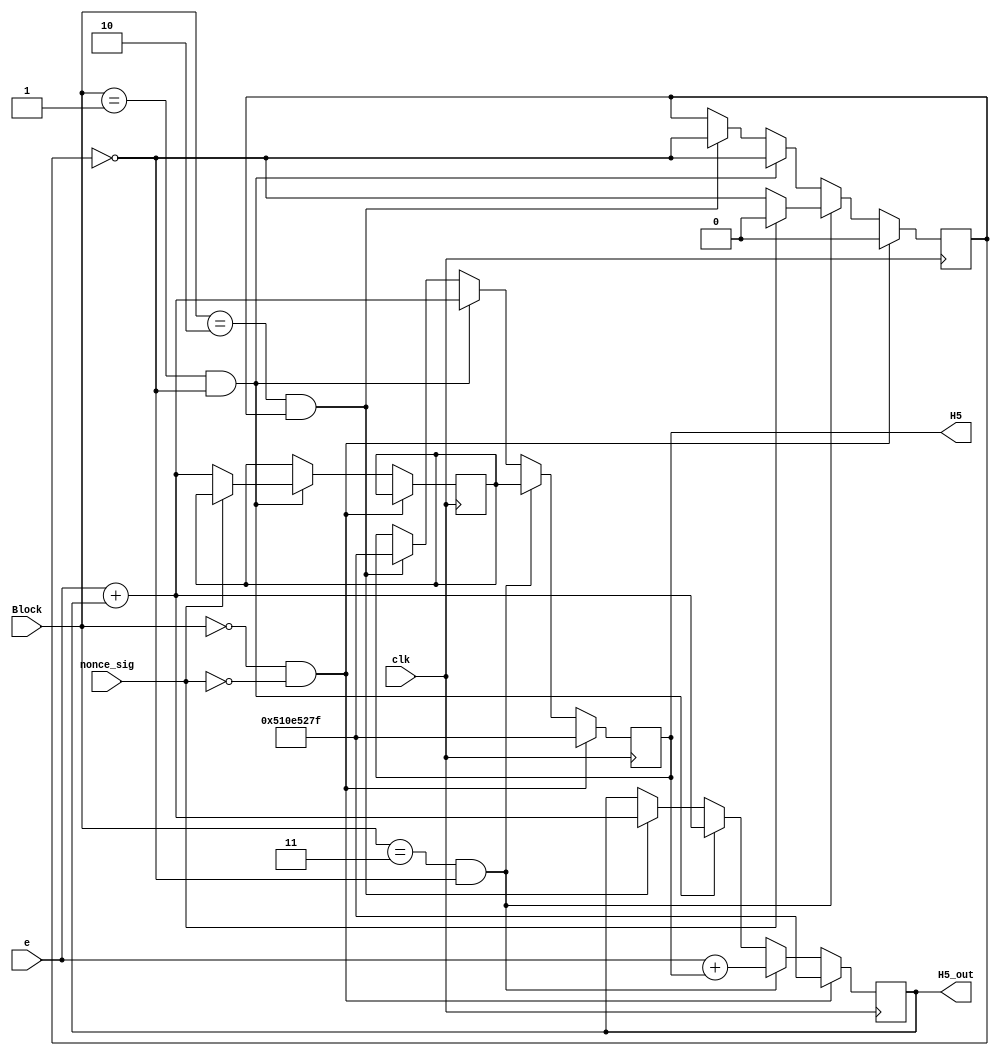
`timescale 1ns / 1ps
//////////////////////////////////////////////////////////////////////////////////
// Company: 
// Engineer: 
// 
// Design Name: 
// Module Name:    H5 
// Project Name: 
// Target Devices: 
// Tool versions: 
// Description: 
//
// Dependencies: 
//
// Revision: 
// Revision 0.01 - File Created
// Additional Comments: 
//
//////////////////////////////////////////////////////////////////////////////////
module H5(input [1:0] Block, input clk, nonce_sig, input [31:0] e, output reg [31:0] H5_out, H5 );

reg [31:0] inter;
reg source; 
initial
begin
H5_out = 32'h510e527f;
H5 = 32'h510e527f;
end

always @ (posedge clk)
begin
	
	if (Block == 0  && nonce_sig ==0)			
	begin
			H5_out <=32'h510e527f;
			H5 <=32'h510e527f;
			source <=0;
		end
	else
		begin
		if(Block ==1 && source == 0)
		begin
			H5_out <=e + H5_out;
			H5 <=e + H5_out;
			if(nonce_sig ==0)
			inter <= e+ H5_out;

			source <=~source;
			end
				else
		if(Block ==2 && source ==1)
				begin
					H5_out <=e + H5_out;
			H5 <=32'h510e527f;
			source <=~source;
				end
				if(Block ==3 && source ==0)
				begin
					H5_out <=e + H5;
					H5 <= inter;
					if(nonce_sig ==0)
					source <= ~source;
					else
					source <= 0;
				end
		end
		
end

endmodule